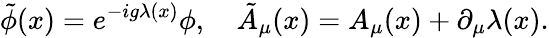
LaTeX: \tilde{\phi}(x)=e^{-ig\lambda(x)}\phi,\quad\tilde{A}_{\mu}(x)=A_{\mu}(x)+\partial_{\mu}\lambda(x).